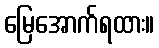
မြေအောက်ရထား။